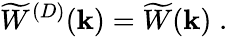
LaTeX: \widetilde{W}^{({D})}({\mathbf k})=\widetilde{W}({\mathbf k})\; .